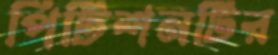
পিটিশনটির